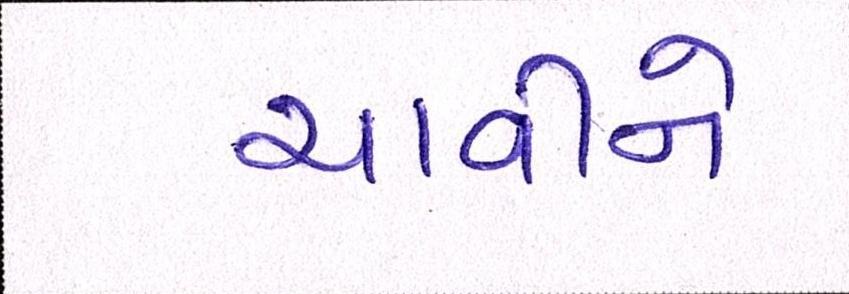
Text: ચાવીને